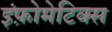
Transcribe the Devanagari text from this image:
इंफ़ोमेटिक्स